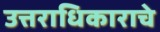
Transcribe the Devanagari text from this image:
उत्तराधिकाराचे